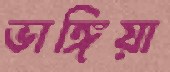
ভাঙ্গিয়া